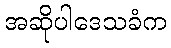
အဆိုပါဒေသခံက